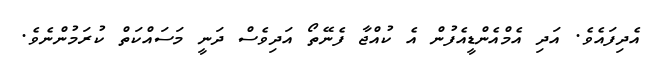
އެދިފައެވެ. އަދި އެމްއެންޑީއެފުން އެ ކުއްޖާ ފެނޭތޯ އަދިވެސް ދަނީ މަސައްކަތް ކުރަމުންނެވެ.